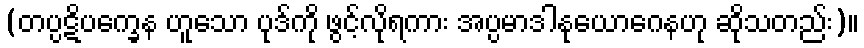
(တပ္ပဋိပက္ခေန ဟူသော ပုဒ်ကို ဖွင့်လိုရကား အပ္ပမာဒါနုယောဂေနဟု ဆိုသတည်း)။